Annual statistical returns and brief notes on vaccination in Bengal - 1909-1929
Year: 1909
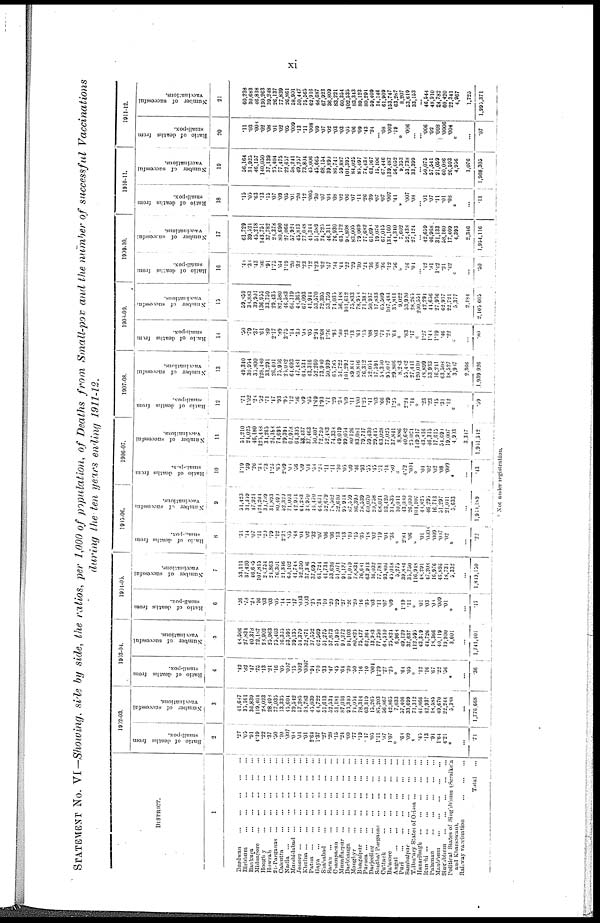
xi
STATEMENT NO. VI —Showing, side by side, the ratios, per 1,000 of population, of Deaths from Small-pox and the number of successful Vaccinations
during the ten years ending 1911-12.
DISTRICT.
1
Burdwan
...
...
...
...
...
Birbhum ... ... ... ... ...
Bankura
...
...
...
...
...
Midnapore
...
...
...
...
...
Hooghy
...
...
...
...
...
Howrah
...
...
...
...
...
24-Parganas
...
...
...
...
...
Calcutta
...
...
...
...
...
Nadia
......
...
...
...
...
...
Murshidabad
...
...
...
...
...
Jessore
...
...
...
...
...
...
Khulna
...
...
...
...
...
...
Patna
...
...
...
...
...
...
Gaya
...
...
...
...
...
...
Shahabad
...
...
...
...
...
...
Saran
...
...
...
...
...
...
Champaran
...
...
...
...
...
Muzaffarpur
...
...
...
...
...
Darbhanga
...
...
...
...
...
Monghyr
...
...
...
...
...
Bhagalpur
...
...
...
...
...
Purnea
...
...
...
...
...
...
Darjeeling
...
...
...
...
...
...
Sonthal Parganas
...
...
...
...
Cuttack
...
...
...
...
...
Balasore
...
...
...
...
...
Angul
...
...
...
...
...
...
Puri ... ... ... ... ... ...
Sambalpur ... ... ... ... ... ... ...
Tributary States of Orissa
...
...
...
Hazaribagh ... ... ... ... ... ...
Ranchi
...
...
...
...
...
...
Palaman
...
...
...
...
...
...
Manbhum
...
...
...
...
...
Singhbhum
...
...
...
...
...
Political States of Sing bhum (Seraikera
and Kharsowan).
Railway vaticination
...
...
...
Total ... ... ...
1902-03.
Ratio of deaths from
small-pox.
2
.27
.05
.91
4.19
.22 .37
.30
.10
.097
.08
.04
.01
2.64
1.37
.27
. 28
.15
. 24
.09
.77
.19
.17
.05
1.11
.87
1.07
* .68
.09
* .45
.13
.94
1.61
4.2l
*
...
.71
Number of successful
vaccinations.
3
41,687
35,161
36,839
119,401
28,023
28,494
77,035
13,335
45,604
39,542
57,285
38,783
45,039
64,722
51,613
52,531
51,181
87,016
93,310
71,054
78,314
63,319
15,265
85,203
56,867
42,865
7,033
57,406
33,699
71,312
41,866
42,937
18,585
49,670
22,244
3,388
...
1,776,668
1903-04.
Ratio of deaths from
small-pox.
4
.42
.82
.47
.75
.13
.21
.16
.05
.007
.15
.002
.0007
.91
.70
.33
.47
.45
.64
.20
.30
.16
.10
.004
1.29
.27
.25
* .64
.05
* .12
.16
.67
. 22
.36
*
...
.36
Number of successful
vaccinations.
5
44,506
27,834
40,378
72,187
23,902
25,963
75,403
16,300
53,593
39,135
51,379
32,871
37,552
62,569
51,275
37,673
51,913
90,272
91,103
80,825
73,477
62,264
13,984
77,250
68,510
25,824
6,968
49,129
37,637
112,595
43,319
44,726
18,366
40,119
19,900
3,601
...
1,741,401
1904-05.
Ratio of deaths from
small-pox.
6
.26
.73
.20
.16
.03
.03
.05 .14
.11
.17
.03
.003
.25
.24
.10
.20
.29
.27
.26
.20
.16
.35
.03
.11
.07
.09
* 1.19
.11
* .01
.03
.08
.009
.01
*
...
.17
Number of successful
vaccinations.
7
53,111
37,420
46,685
107,815
26,754
21,863
76,301
21,316
60,102
41,744
52,250
37,386
37,699
61,721
41,734
53,626
51,071
91,137
91,019
7,4,834
76,641
63,913
16,032
77,781
93,806
45,018
3,275
39,884
35,750
116,918
44,291
47,208
16,976
46,896
18,731
5,332
...
1,819,150
1905-06.
Ratio of deaths from
small-pox.
8
.31
.14
.07
.11
.20
.79
.12
2.31
.05
.48
.04
.02
.32
.07
.06
.06
.13
.13
.10
.15
.35
.18
.02
.19
.01
.36
*
2.84
.06
* .01
.009
.009
.007
.02
*
...
.22
Number of successful
vaccinations.
9
31,423
31,359
47,921
121,201
30,789
31,893
80,490
52,320
71,093
42,951
61,283
38,970
16,470
66,671
32,679
70,502
52,610
95,914
87,559
86,390
78,539
60,070
20,758
64,021
93,420
31,835
10,011
43,060
26,000
104,107
48,825
46,295
16,713
51,297
21,011
3,633
...
1,900,189
1906-07.
Ratio of deaths from
small-pox.
10
1.19
.39
.26
.38
.73
1.26
.65
2.09
.05
.56
.09
.04
.50
.28
.11
.11
.10
.05
.09
.46
.93
.35
.15
.31
.14
.80
*
4.72
.001
*
.04
.02
.02
.08
.009
*
...
.13
Number of successful
vaccinations.
11
51,210
21,025
46,180
125,448
34,265
26,188
74,693
29,391
62,978
64,305
53,437
37,463
50,407
72,720
52,483
74,330
49,019
99,054
80.126
83,081
79,717
59,430
29,445
63,028
77,025
37,841
8,886
40,682
25.021
149,917
43,816
46,315
17,615
54,690
19,007
4,903
3,347
1,951,542
1907-08.
Ratio of deaths from
small-pox.
12
.71
1.02
.24
.52
.71
.17
.93
.95
.12
.86
.09
.05
1.69
1.93
.71
.29
.38
.09
.11
1.00
1.25
.41
.03
.66
.29
1.25
*
2.24
.14
*
.23
.23
.15
.31
.12
*
...
.09
Number of successful
vaccinations.
13
49,340
30,954
35,800
128,480
33,291
26,401
75,916
25,042
64,693
47,481
61,531
43,316
52,260
73,940
50,939
65,785
51,722
101,292
89,841
89,846
76,312
52,051
17,591
58,350
95,047
29,806
8,283
55,482
27,441
120,010
48,899
53,933
16,241
63,508
18,527
3,987
2,366
1,939,926
1908-09.
Ratio of deaths from
small-pox.
14
.50
.79
.37
.61
.89
2.17
.89
3.75
.14
.30
.08
.05
2.94
2.68
1.76
.96
.80
.23
.13
.61
.15
.08
.03
.71
.28
.61
*
.83
.17
*
1.27
1.40
1.19
.46
.22
*
...
.80
Number of successful
vaccinations.
15
59,859
38,883
39,901
136,955
33,759
29,435
82,580
46,583
66,119
44,365
67,093
41,944
53,570
72,395
53,759
71,035
56,148
101,612
75,833
78,954
71,382
50,937
17,833
65,509
107,484
35,811
9,022
53,920
28,265
200,551
42,291
41,656
27,936
62,937
22,721
5,377
2,184
2,105,605
1909-10.
Ratio of deaths from
small-pox.
16
.40
.34
.43
.36
.91
1.75
.64
1.19
.20
.32
.23
.12
1.23
.62
.67
.34
.44
.22
.29
.30
.21
.36
.08
.36
.12
.56
*
.16
.04
...
.42
.81
1.42
.21
.42
*
...
.50
Number of successful
vaccinations.
17
61,729
39,521
45,218
143,751
37,782
24,378
80,690
27,066
57,924
45,813
77,048
41,344
51,589
74,725
46,311
76,930
63,172
98,808
83,005
79,069
77,682
61,694
19,076
67,015
134,160
44,340
7,602
52,438
27,124
...
42,659
46,968
31,133
58,160
17,409
4,393
2,346
1,954,116
1910-11.
Ratio of deaths from
small-pox.
18
.15
.05
.63
.13
.15
.07
.09
.05
.01
.20
.12
.005
.30
.07
.04
.08
.02
.06
.07
.11
.26
.39
.07
.07
.007
.41
* .007
.08
...
.01
.07
.11 .01
.08
*
...
.11
Number of successful
vaccinations.
19
56,164
31,925
46,157
140,050
37,139
25,404
77,475
22,657
58,241
49,257
73,804
45,006
45,665
68,154
39,890
86,741
59,887
101,395
84,025
85,497
74,438
63,167
15,106
67,446
139,487
56,052
9,353
53,738
33,399
...
50,075
57,541
21,059
60,086
26,593
4,956
1,076
1,968,305
1911-12.
Ratio of deaths from
small-pox.
20
.11
.03
.008
.02
.08
.01
.02
.05
.009
.13
.11
.008
.09
.07
.02
.03
.03
.05
.06
.09
.43
.24
...
.08
.002
.19
*
.006
...
...
.006
.02
.008
.0006
.004
*
...
.07
Number of successful
vaccinations.
21
60,238
30,683
46,818
130,263
39,248
26,137
77,839
26,861
58,901
50,447
75,565
62,916
48,687
67,923
36,809
83,221
60,354
102,535
83,343
89,123
80,291
59,409
14,146
61,909
153,747
63,287
8,207
53,619
33,153
...
46,544
48,910
24,782
60,420
22,341
4,967
1,723
1,995,371
* Not under registration.